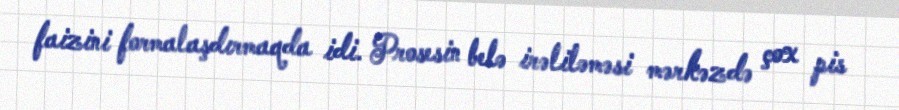
faizini formalaşdırmaqda idi. Prosesin belə irəliləməsi mərkəzdə çox pis